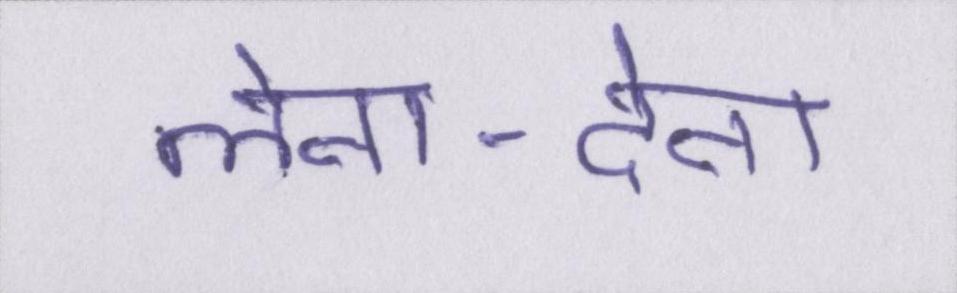
लेना-देना